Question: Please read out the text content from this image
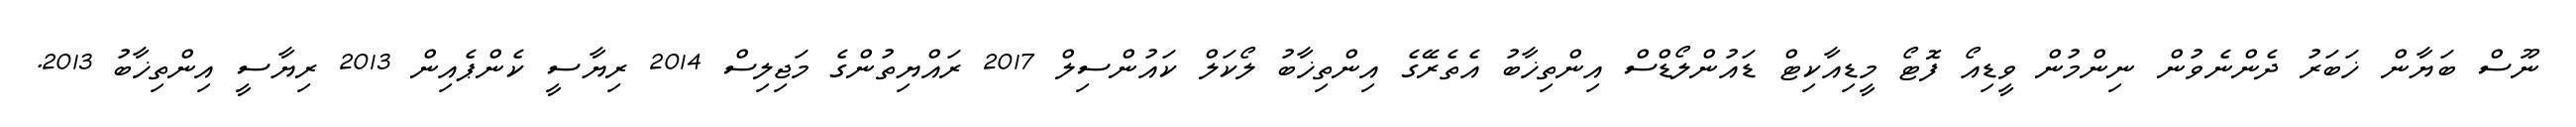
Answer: ނޫސް ބަޔާން ޚަބަރު ދެންނެވުން ނިންމުން ވީޑިއޯ ފޮޓޯ މީޑިއާކިޓް ޑައުންލޯޑްސް އިންތިޚާބު އެތެރޭގެ އިންތިޚާބު ލޯކަލް ކައުންސިލް 2017 ރައްޔިތުންގެ މަޖިލިސް 2014 ރިޔާސީ ކެންޕެއިން 2013 ރިޔާސީ އިންތިޚާބު 2013.